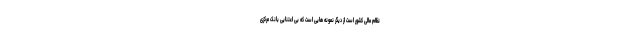
نظام مالی کشور است از دیگر نمونه هایی است که بی اعتنایی بانک مرکزی